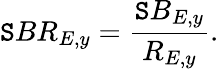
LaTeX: \mathtt{S}BR_{E,y}=\frac{{\mathtt{S}B_{E,y}}}{{R_{E,y}}}.